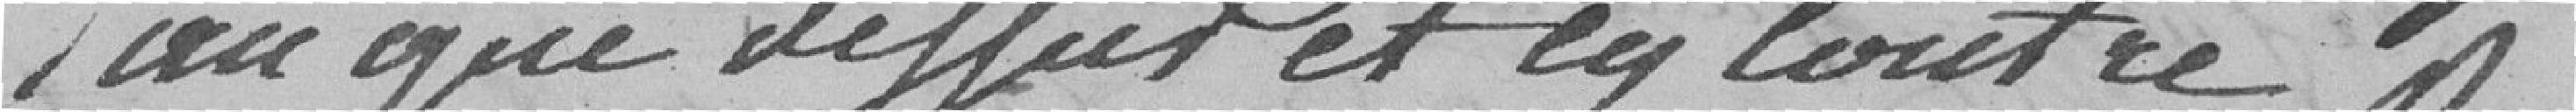
l'an que     et cy contre